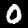
Label: 0